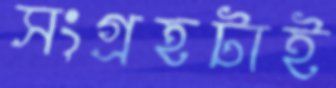
সংগ্রহটাই